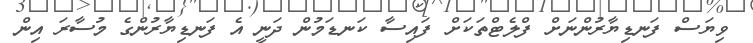
ވިޔަސް ފަނޑިޔާރުންނަށް ފްލެޓްތަކަށް ފައިސާ ކަނޑަމުން ދަނީ އެ ފަނޑިޔާރުންގެ މުސާރަ އިން